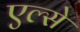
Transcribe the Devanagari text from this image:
एल्से